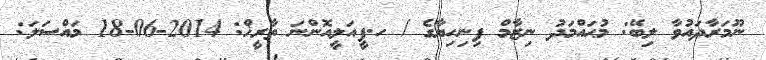
ނޫމަރާދައުވާ ލިބޭ: މުޙައްމަދު ނިޒާމް ފިނިހިޔާގެ / ހ.ފީއަލީއޮންނަ ތާރީޚް: 2014-06-18 މައްސަލަ: